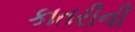
કાતરીની